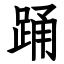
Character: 踊